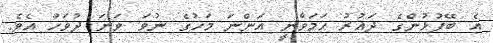
އެ ބޭފުޅުންގެ ދައުރު ހަމަވާނީ އަންނަ މަހުގެ ނުވަ ވަނަ ދުވަހު އެވެ.